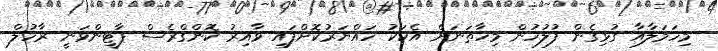
މިހަމަލާއާ ގުޅިގެން ފުލުހުން މިހާތަނަށް އެކަކު ހައްޔަރުކޮށްފައި ވާއިރު ކޮންގްރެސް ޕާޓީންވަނީ ރާހުލް